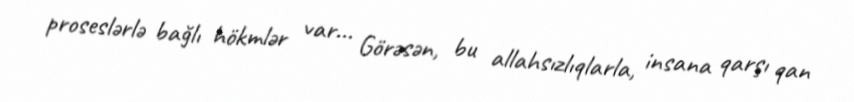
proseslərlə bağlı hökmlər var... Görəsən, bu allahsızlıqlarla, insana qarşı qan